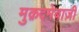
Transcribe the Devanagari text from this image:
मुक़दमेबाज़ी